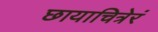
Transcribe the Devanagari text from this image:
छायाचित्रेरं